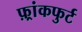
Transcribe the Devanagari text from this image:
फ़्रांकफुर्ट